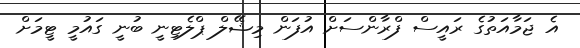
އެ ޖަމާއަތުގެ ރައީސް ފްރާންސަށް އުފަން މިޝޭލް ޕްލެޓިނީ ބުނީ ގައުމީ ޓީމަށް